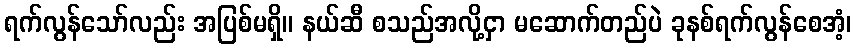
ရက်လွန်သော်လည်း အပြစ်မရှိ။ နယ်ဆီ စသည်အလို့ငှာ မဆောက်တည်ပဲ ခုနစ်ရက်လွန်စေအံ့၊